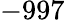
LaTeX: -997